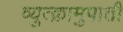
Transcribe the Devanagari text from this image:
व्युत्क्रामुपाती